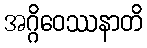
အဂ္ဂိဝေဿနာတိ